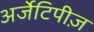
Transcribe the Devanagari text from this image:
अर्जेटिपीज़